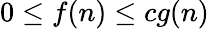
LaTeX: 0\leq f(n)\leq cg(n)